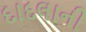
દાદલાની